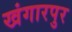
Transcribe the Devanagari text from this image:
खंगारपुर